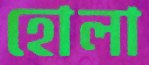
হোলা